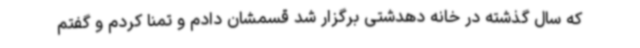
که سال گذشته در خانه دهدشتی برگزار شد قسمشان دادم و تمنا کردم و گفتم